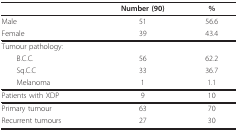
<table><thead><tr><td></td><td><b>Number (90)</b></td><td><b>%</b></td></tr></thead><tbody><tr><td>Male</td><td>51</td><td>56.6</td></tr><tr><td>Female</td><td>39</td><td>43.4</td></tr><tr><td>Tumour pathology:</td><td></td><td></td></tr><tr><td> B.C.C.</td><td>56</td><td>62.2</td></tr><tr><td> Sq.C.C</td><td>33</td><td>36.7</td></tr><tr><td> Melanoma</td><td>1</td><td>1.1</td></tr><tr><td>Patients with XDP</td><td>9</td><td>10</td></tr><tr><td>Primary tumour</td><td>63</td><td>70</td></tr><tr><td>Recurrent tumours</td><td>27</td><td>30</td></tr></tbody></table>